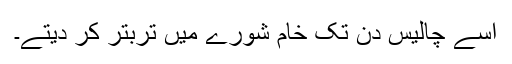
اسے چالیس دن تک خام شورے میں تربتر کر دیتے۔